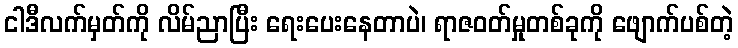
ငါဒီလက်မှတ်ကို လိမ်ညာပြီး ရေးပေးနေတာပဲ၊ ရာဇဝတ်မှုတစ်ခုကို ဖျောက်ပစ်တဲ့